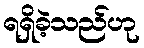
ရရှိခဲ့သည်ဟု